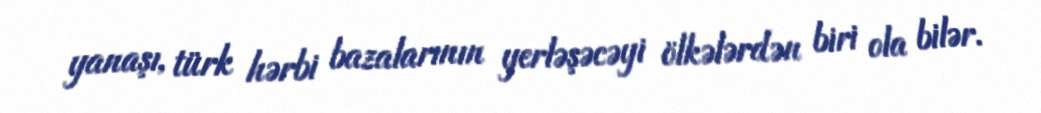
yanaşı, türk hərbi bazalarının yerləşəcəyi ölkələrdən biri ola bilər.